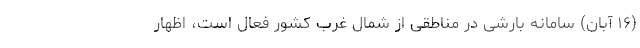
(۱۶ آبان) سامانه بارشی در مناطقی از شمال غرب کشور فعال است، اظهار